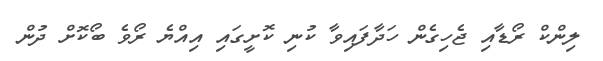
ލިންކް ރޯޑާއި ޖެހިގެން ހަދާފައިވާ ކުނި ކޮށީގައި އިއްޔެ ރޯވެ ބޯކޮށް ދުން